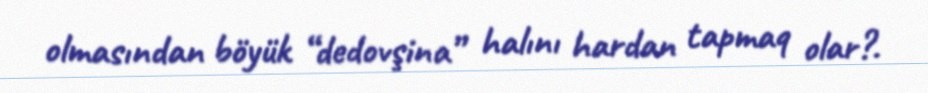
olmasından böyük “dedovşina” halını hardan tapmaq olar?.